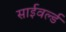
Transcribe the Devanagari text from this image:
साईवर्ल्ड